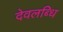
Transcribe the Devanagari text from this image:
देवलब्धि